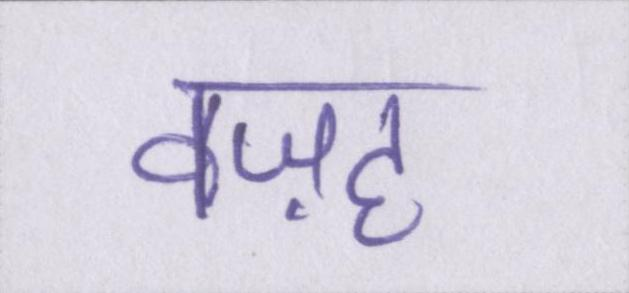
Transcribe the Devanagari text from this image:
वज़ह